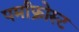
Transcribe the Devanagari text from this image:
पर्माफ्रोस्ट